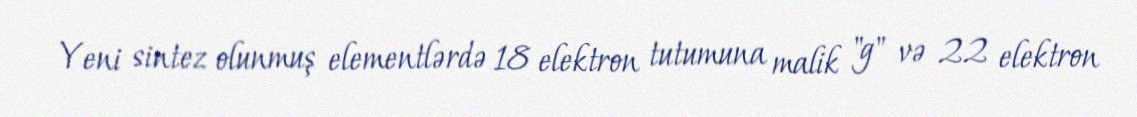
Yeni sintez olunmuş elementlərdə 18 elektron tutumuna malik "g" və 22 elektron